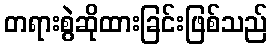
တရားစွဲဆိုထားခြင်းဖြစ်သည်